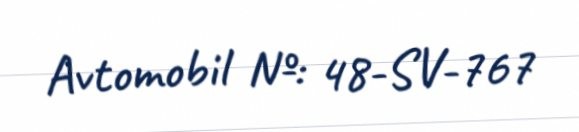
Avtomobil №: 48-SV-767